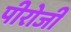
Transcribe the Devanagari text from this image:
पीरोजी